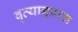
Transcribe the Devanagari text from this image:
वृत्यानुप्रास